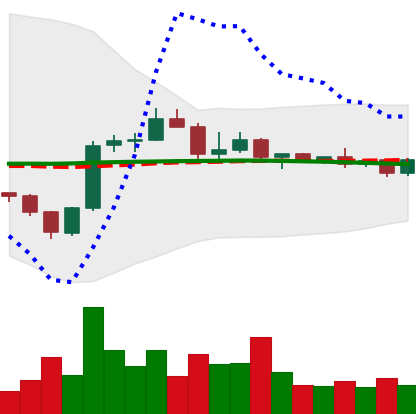
Ticker: BNB-USD
Chart end date: 2022-12-08
Forward return: -6.397%
Label: down_5_7